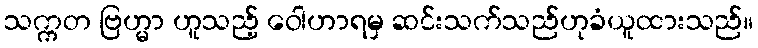
သက္ကတ ဗြဟ္မာ ဟူသည့် ဝေါဟာရမှ ဆင်းသက်သည်ဟုခံယူထားသည်။